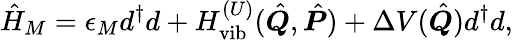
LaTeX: \hat{H}_{M}=\epsilon_{M}d^{\dagger}d+H_{\textrm{vib}}^{(U)}(\hat{\boldsymbol{Q}},\hat{\boldsymbol{P}})+\Delta V(\hat{\boldsymbol{Q}})d^{\dagger}d,